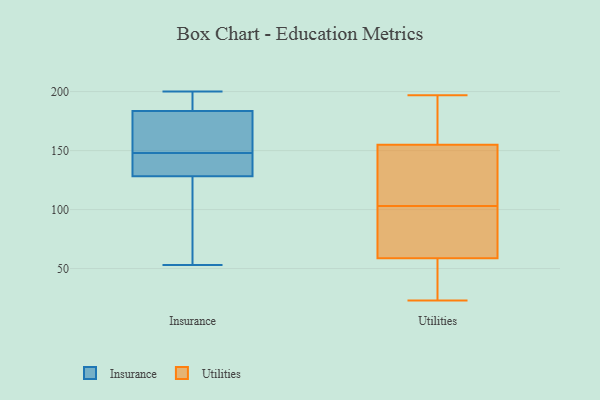
{"axis": {"x": "Satisfaction Score", "y": "Value"}, "legend": ["Insurance", "Utilities"], "data": [{"x": "", "y": 53, "type": "Insurance"}, {"x": "", "y": 200, "type": "Insurance"}, {"x": "", "y": 191, "type": "Insurance"}, {"x": "", "y": 185, "type": "Insurance"}, {"x": "", "y": 135, "type": "Insurance"}, {"x": "", "y": 108, "type": "Insurance"}, {"x": "", "y": 136, "type": "Insurance"}, {"x": "", "y": 148, "type": "Insurance"}, {"x": "", "y": 79, "type": "Insurance"}, {"x": "", "y": 94, "type": "Insurance"}, {"x": "", "y": 138, "type": "Insurance"}, {"x": "", "y": 163, "type": "Insurance"}, {"x": "", "y": 183, "type": "Insurance"}, {"x": "", "y": 185, "type": "Insurance"}, {"x": "", "y": 174, "type": "Insurance"}, {"x": "", "y": 169, "type": "Insurance"}, {"x": "", "y": 146, "type": "Insurance"}, {"x": "", "y": 31, "type": "Utilities"}, {"x": "", "y": 125, "type": "Utilities"}, {"x": "", "y": 164, "type": "Utilities"}, {"x": "", "y": 55, "type": "Utilities"}, {"x": "", "y": 97, "type": "Utilities"}, {"x": "", "y": 129, "type": "Utilities"}, {"x": "", "y": 161, "type": "Utilities"}, {"x": "", "y": 153, "type": "Utilities"}, {"x": "", "y": 197, "type": "Utilities"}, {"x": "", "y": 93, "type": "Utilities"}, {"x": "", "y": 60, "type": "Utilities"}, {"x": "", "y": 23, "type": "Utilities"}, {"x": "", "y": 103, "type": "Utilities"}]}